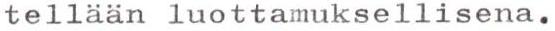
tellään luottamuksellisena.